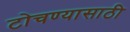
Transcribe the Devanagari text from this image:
टोचण्यासाठी